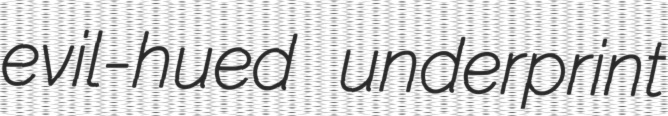
evil-hued underprint